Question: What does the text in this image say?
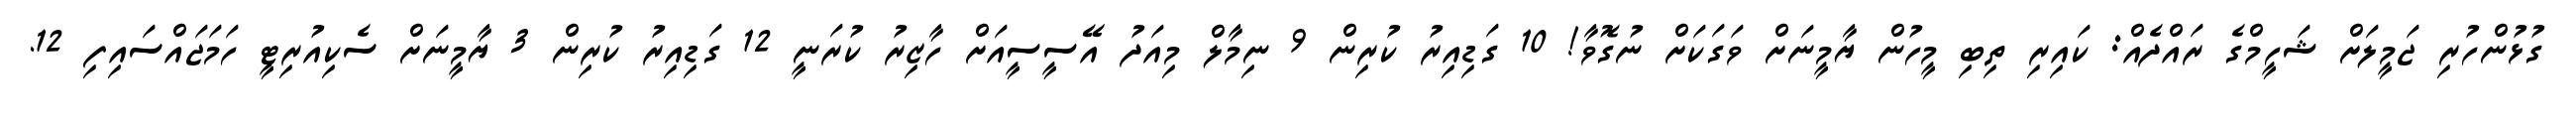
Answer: ގުޅުންހުރި ޖަމީލަށް ޝަހީމްގެ ރައްދެއް: ކައިރި ތިބި މީހުން ޔާމީނަށް ވަގަކަށް ނުގޮވާ! 10 ގަޑިއިރު ކުރިން 9 ނިމާލް މިއަދު އޭސީސީއަށް ހާޒިރު ކުރަނީ 12 ގަޑިއިރު ކުރިން 3 ޔާމީނަށް ސެކިއުރިޓީ ހަމަޖައްސައިފި 12.